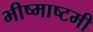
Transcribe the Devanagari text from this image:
भीष्माष्टमी